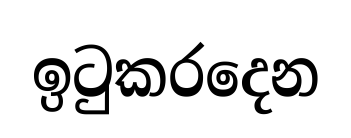
ඉටුකරදෙන